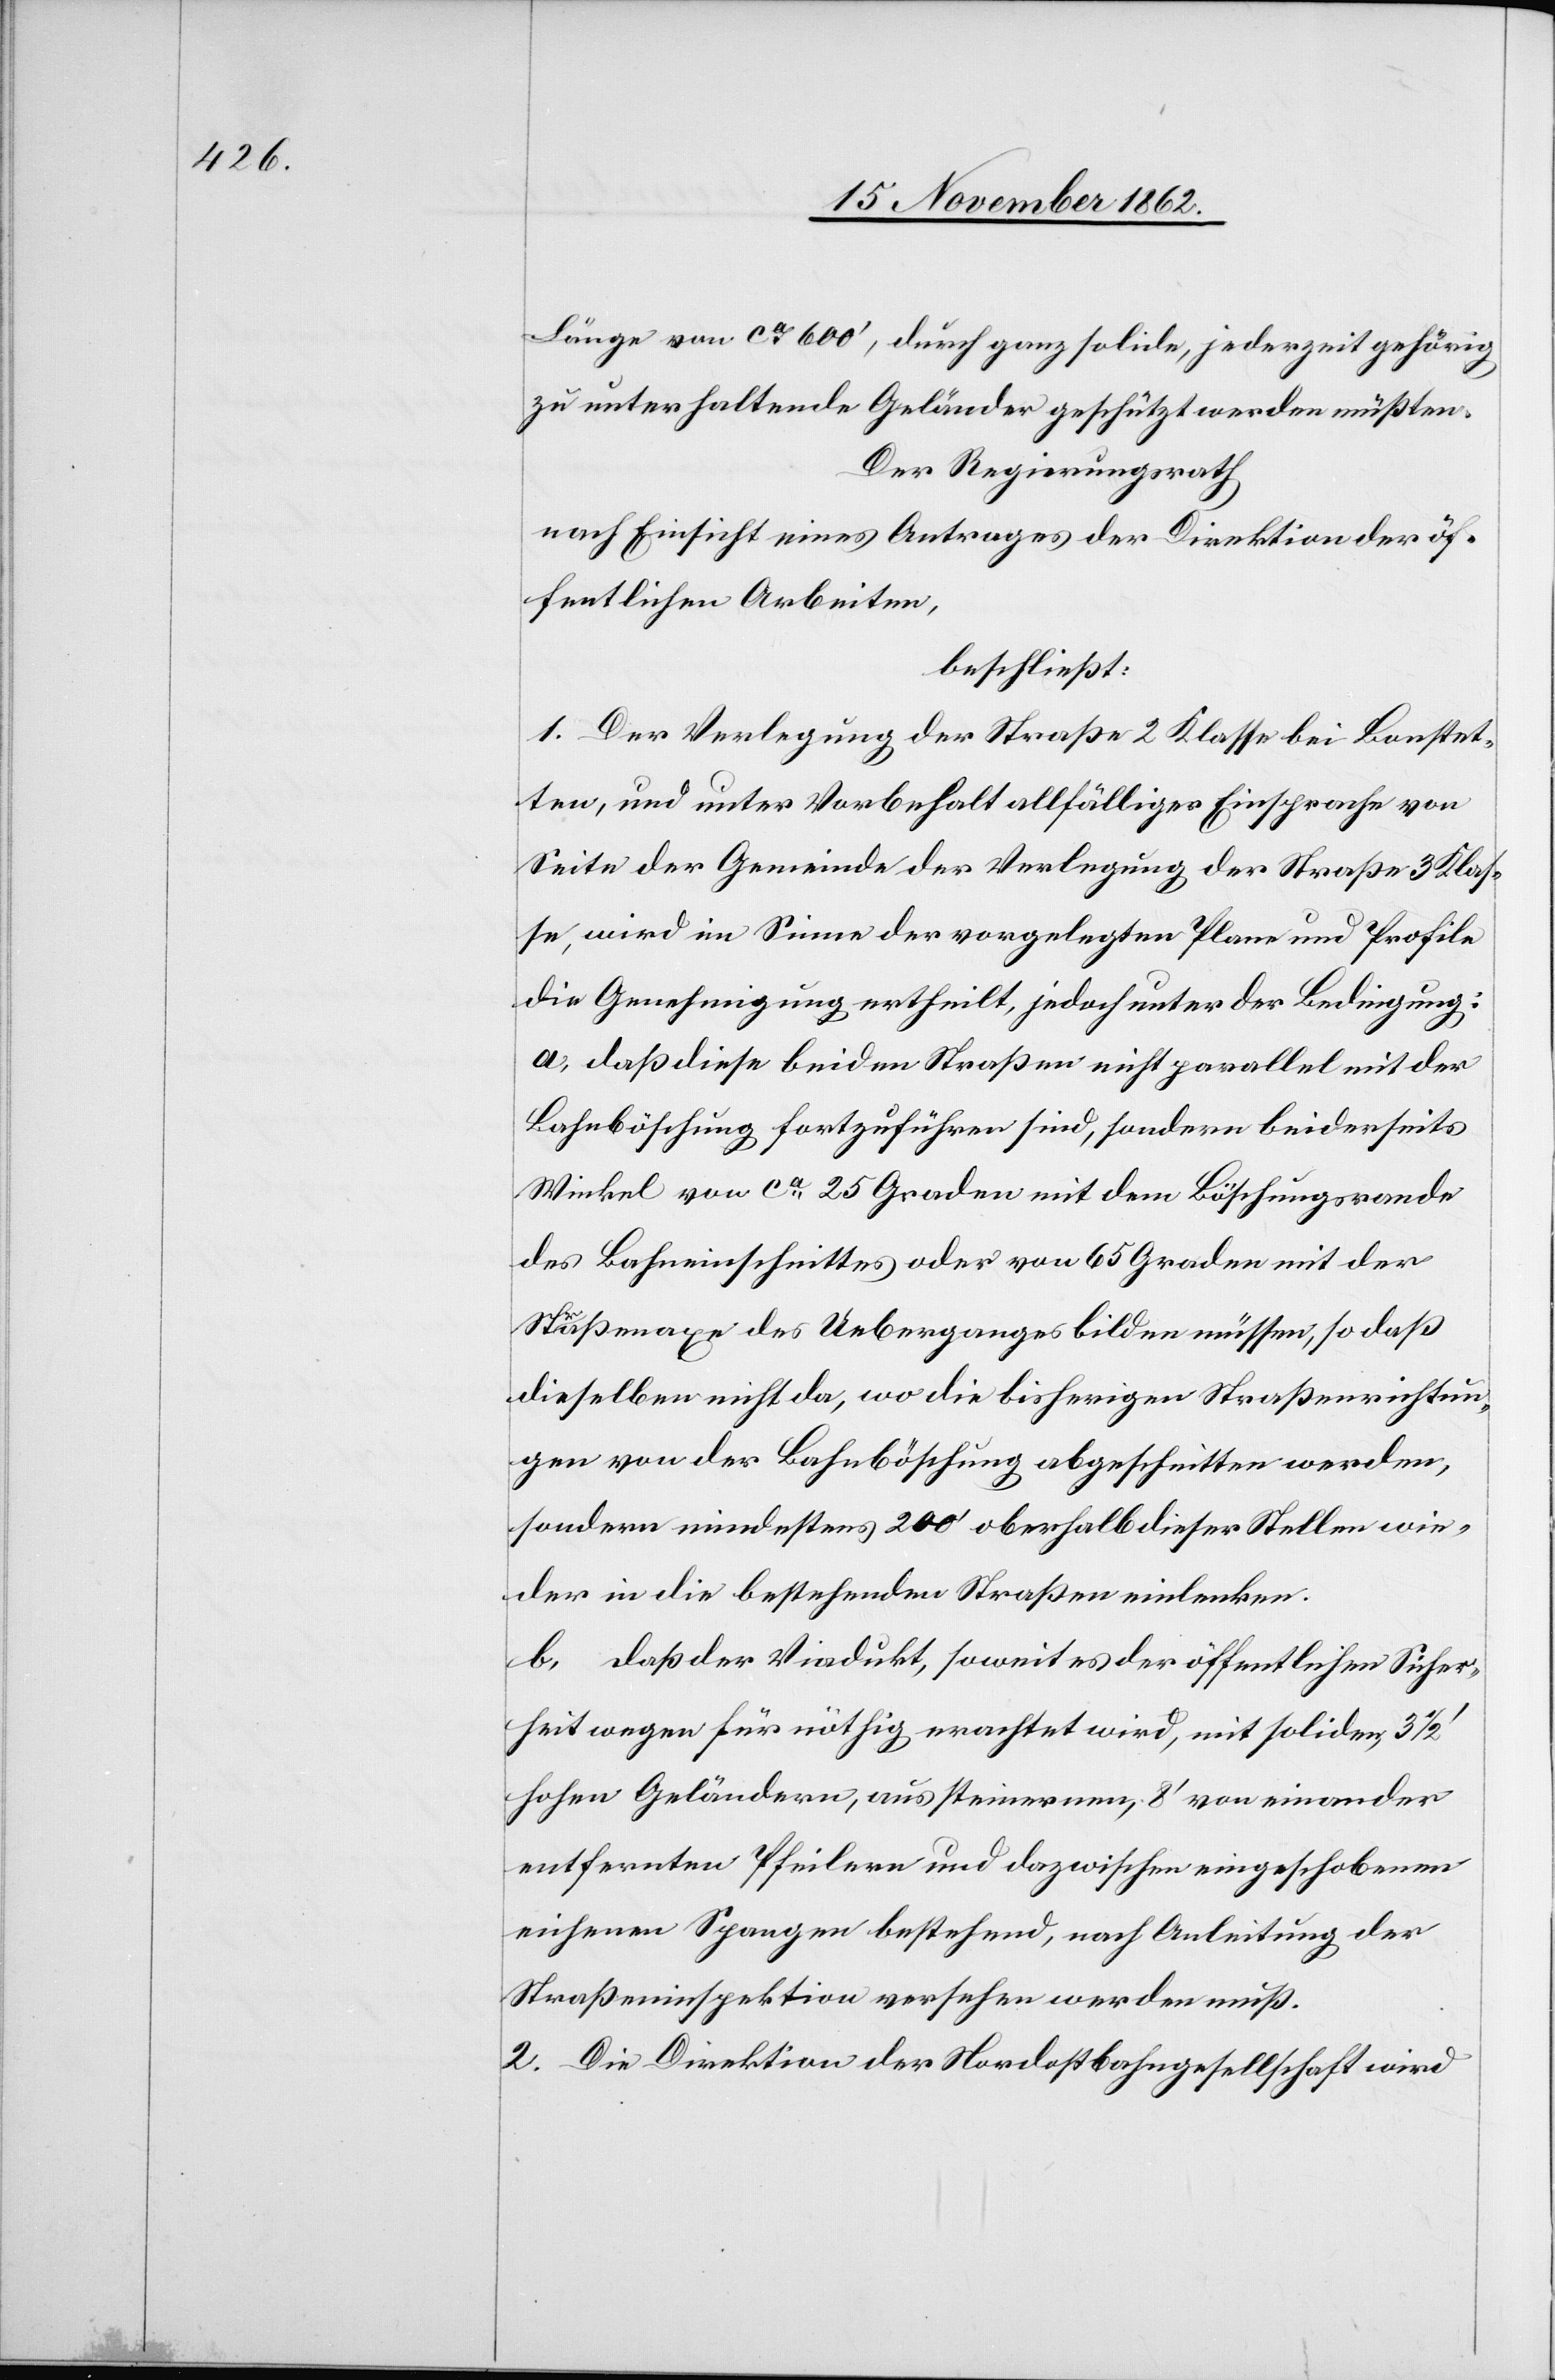
Länge von ca 600’, durch ganz solide, jederzeit gehörig
zu unterhaltende Geländer geschützt werden müßten.
Der Regierungsrath
nach Einsicht eines Antrages der Direktion der öf¬
fentlichen Arbeiten,
beschließt:
1. Der Verlegung der Straße 2. Klasse bei Bonstet¬
ten, und unter Vorbehalt allfälliger Einsprache von
Seite der Gemeinde der Verlegung der Straßen 3. Klas¬
e, wird im Sinne der vorgelegten Plane und Profile
die Genehmigung ertheilt, jedoch unter der Bedingung:
a. daß diese beiden Straßen nicht parallel mit der
Bahnböschung fortzuführen sind, sondern beiderseits
Winkel von ca 25 Graden mit dem Böschungsrande
des Bahneinschnittes oder von 65 Graden mit der
Straßenaxe des Ueberganges bilden müssen, so daß
dieselben nicht da, wo die bisherigen Straßenrichtun¬
gen von der Bahnböschung abgeschnitten werden,
sondern mindestens 200’ oberhalb dieser Stellen wie¬
der in die bestehenden Straßen einlenken.
b. daß der Viadukt, soweit es der öffentlichen Sicher¬
heit wegen für nöthig erachtet wird, mit soliden 3
hohen Geländern, aus steinernen, 8’ von einander
entfernten Pfeilern und dazwischen eingeschobenen
eichenen Spangen bestehend, nach Anleitung der
Straßeninspektion versehen werden muß.
2. Die Direktion der Nordostbahngesellschaft wird